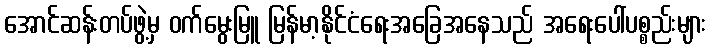
အောင်ဆန်းတပ်ဖွဲ့မှ ဝက်မွေးမြူ မြန်မာ့နိုင်ငံရေးအခြေအနေသည် အရေးပေါ်ပစ္စည်းများ